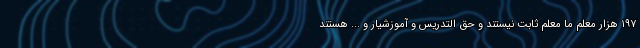
۱۹۷ هزار معلم ما معلم ثابت نیستند و حق التدریس و آموزشیار و ... هستند